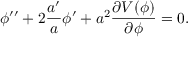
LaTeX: \phi ^ { \prime \prime } + 2 { \frac { a ^ { \prime } } { a } } \phi ^ { \prime } + a ^ { 2 } { \frac { \partial V ( \phi ) } { \partial \phi } } = 0 .